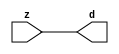

//------> /package/eda/mg/Catapult_10.3d/Mgc_home/pkgs/siflibs/mgc_in_wire_v2.v 
//------------------------------------------------------------------------------
// Catapult Synthesis - Sample I/O Port Library
//
// Copyright (c) 2003-2017 Mentor Graphics Corp.
//       All Rights Reserved
//
// This document may be used and distributed without restriction provided that
// this copyright statement is not removed from the file and that any derivative
// work contains this copyright notice.
//
// The design information contained in this file is intended to be an example
// of the functionality which the end user may study in preparation for creating
// their own custom interfaces. This design does not necessarily present a 
// complete implementation of the named protocol or standard.
//
//------------------------------------------------------------------------------


module mgc_in_wire_v2 (d, z);

  parameter integer rscid = 1;
  parameter integer width = 8;

  output [width-1:0] d;
  input  [width-1:0] z;

  wire   [width-1:0] d;

  assign d = z;

endmodule


//------> /package/eda/mg/Catapult_10.3d/Mgc_home/pkgs/siflibs/ccs_in_v1.v 
//------------------------------------------------------------------------------
// Catapult Synthesis - Sample I/O Port Library
//
// Copyright (c) 2003-2017 Mentor Graphics Corp.
//       All Rights Reserved
//
// This document may be used and distributed without restriction provided that
// this copyright statement is not removed from the file and that any derivative
// work contains this copyright notice.
//
// The design information contained in this file is intended to be an example
// of the functionality which the end user may study in preparation for creating
// their own custom interfaces. This design does not necessarily present a 
// complete implementation of the named protocol or standard.
//
//------------------------------------------------------------------------------


module ccs_in_v1 (idat, dat);

  parameter integer rscid = 1;
  parameter integer width = 8;

  output [width-1:0] idat;
  input  [width-1:0] dat;

  wire   [width-1:0] idat;

  assign idat = dat;

endmodule


//------> /package/eda/mg/Catapult_10.3d/Mgc_home/pkgs/siflibs/ccs_out_v1.v 
//------------------------------------------------------------------------------
// Catapult Synthesis - Sample I/O Port Library
//
// Copyright (c) 2003-2015 Mentor Graphics Corp.
//       All Rights Reserved
//
// This document may be used and distributed without restriction provided that
// this copyright statement is not removed from the file and that any derivative
// work contains this copyright notice.
//
// The design information contained in this file is intended to be an example
// of the functionality which the end user may study in preparation for creating
// their own custom interfaces. This design does not necessarily present a 
// complete implementation of the named protocol or standard.
//
//------------------------------------------------------------------------------

module ccs_out_v1 (dat, idat);

  parameter integer rscid = 1;
  parameter integer width = 8;

  output   [width-1:0] dat;
  input    [width-1:0] idat;

  wire     [width-1:0] dat;

  assign dat = idat;

endmodule




//------> /package/eda/mg/Catapult_10.3d/Mgc_home/pkgs/siflibs/mgc_io_sync_v2.v 
//------------------------------------------------------------------------------
// Catapult Synthesis - Sample I/O Port Library
//
// Copyright (c) 2003-2017 Mentor Graphics Corp.
//       All Rights Reserved
//
// This document may be used and distributed without restriction provided that
// this copyright statement is not removed from the file and that any derivative
// work contains this copyright notice.
//
// The design information contained in this file is intended to be an example
// of the functionality which the end user may study in preparation for creating
// their own custom interfaces. This design does not necessarily present a 
// complete implementation of the named protocol or standard.
//
//------------------------------------------------------------------------------


module mgc_io_sync_v2 (ld, lz);
    parameter valid = 0;

    input  ld;
    output lz;

    wire   lz;

    assign lz = ld;

endmodule


//------> /package/eda/mg/Catapult_10.3d/Mgc_home/pkgs/ccs_altera/hdl/M10K_DP.v 
// Memory Type:            M10K
// Operating Mode:         Simple Dual Port (2-PORT)
// Clock Mode:             Single Clock

// RTL Code RW Resolution: write-thru 
// Hardware RW Resolution: dont care 
// Catapult RW Resolution: unknown 

// HDL Work Library:       Altera_RAMS_lib
// Component Name:         M10K_DP

module M10K_DP
#(
  parameter data_width = 8,
  parameter addr_width = 7,
  parameter depth = 128 
)(
  clk, adra, adrb, wea, web, da, db, rea, reb, qa, qb
);

  input clk;                     // Rising edge clock
  input [addr_width-1:0] adra;   // Port A - Address
  input [addr_width-1:0] adrb;   // Port B - Address
  input wea;                     // Port A - Write-enable active high
  input web;                     // Port B - Write-enable active high
  input [data_width-1:0] da;     // Port A - Data In
  input [data_width-1:0] db;     // Port B - Data In
  input rea;                     // Port A - Read-enable active high
  input reb;                     // Port B - Read-enable active high
  output[data_width-1:0] qa;     // Port A - Data Out
  output[data_width-1:0] qb;     // Port B - Data Out

  reg [data_width-1:0] qa;
  reg [data_width-1:0] qb;

  (* ramstyle = "no_rw_check, M10K" *)
  reg [data_width-1:0] mem [depth-1:0]; /* synthesis syn_ramstyle = "no_rw_check, M10K" */

  always @(posedge clk) begin
    if (wea) begin
      mem[adra] <= da;
    end
    if (rea) begin
      qa <= mem[adra];
    end
  end

  always @(posedge clk) begin
    if (web) begin
      mem[adrb] <= db;
    end
    if (reb) begin
      qb <= mem[adrb] ;
    end
  end

endmodule


//------> ./rtl.v 
// ----------------------------------------------------------------------
//  HLS HDL:        Verilog Netlister
//  HLS Version:    10.3d/815731 Production Release
//  HLS Date:       Wed Apr 24 14:54:19 PDT 2019
// 
//  Generated by:   695r48@ecegrid-thin4.ecn.purdue.edu
//  Generated date: Wed Nov 10 15:50:50 2021
// ----------------------------------------------------------------------

// 
// ------------------------------------------------------------------
//  Design Unit:    fir_Altera_M10K_M10K_DP_rwport_4_16_5_32_32_16_gen
// ------------------------------------------------------------------


module fir_Altera_M10K_M10K_DP_rwport_4_16_5_32_32_16_gen (
  qb, reb, db, web, adrb, qa, rea, da, wea, adra, adra_d, wea_d, da_d, rea_d, qa_d,
      rwportA_rw_ram_ir_internal_RMASK_B_d, rwportA_rw_ram_ir_internal_WMASK_B_d
);
  input [15:0] qb;
  output reb;
  output [15:0] db;
  output web;
  output [4:0] adrb;
  input [15:0] qa;
  output rea;
  output [15:0] da;
  output wea;
  output [4:0] adra;
  input [9:0] adra_d;
  input [1:0] wea_d;
  input [31:0] da_d;
  input [1:0] rea_d;
  output [31:0] qa_d;
  input [1:0] rwportA_rw_ram_ir_internal_RMASK_B_d;
  input [1:0] rwportA_rw_ram_ir_internal_WMASK_B_d;



  // Interconnect Declarations for Component Instantiations 
  assign qa_d[31:16] = qb;
  assign reb = (rwportA_rw_ram_ir_internal_RMASK_B_d[1]);
  assign db = (da_d[31:16]);
  assign web = (rwportA_rw_ram_ir_internal_WMASK_B_d[1]);
  assign adrb = (adra_d[9:5]);
  assign qa_d[15:0] = qa;
  assign rea = (rwportA_rw_ram_ir_internal_RMASK_B_d[0]);
  assign da = (da_d[15:0]);
  assign wea = (rwportA_rw_ram_ir_internal_WMASK_B_d[0]);
  assign adra = (adra_d[4:0]);
endmodule

// ------------------------------------------------------------------
//  Design Unit:    fir_core_core_fsm
//  FSM Module
// ------------------------------------------------------------------


module fir_core_core_fsm (
  clk, rst, fsm_output, regs_vinit_C_1_tr0, MAC_C_6_tr0
);
  input clk;
  input rst;
  output [16:0] fsm_output;
  reg [16:0] fsm_output;
  input regs_vinit_C_1_tr0;
  input MAC_C_6_tr0;


  // FSM State Type Declaration for fir_core_core_fsm_1
  parameter
    core_rlp_C_0 = 5'd0,
    regs_vinit_C_0 = 5'd1,
    regs_vinit_C_1 = 5'd2,
    main_C_0 = 5'd3,
    main_C_1 = 5'd4,
    MAC_C_0 = 5'd5,
    MAC_C_1 = 5'd6,
    MAC_C_2 = 5'd7,
    MAC_C_3 = 5'd8,
    MAC_C_4 = 5'd9,
    MAC_C_5 = 5'd10,
    MAC_C_6 = 5'd11,
    MAC_C_7 = 5'd12,
    MAC_C_8 = 5'd13,
    MAC_C_9 = 5'd14,
    MAC_C_10 = 5'd15,
    main_C_2 = 5'd16;

  reg [4:0] state_var;
  reg [4:0] state_var_NS;


  // Interconnect Declarations for Component Instantiations 
  always @(*)
  begin : fir_core_core_fsm_1
    case (state_var)
      regs_vinit_C_0 : begin
        fsm_output = 17'b00000000000000010;
        state_var_NS = regs_vinit_C_1;
      end
      regs_vinit_C_1 : begin
        fsm_output = 17'b00000000000000100;
        if ( regs_vinit_C_1_tr0 ) begin
          state_var_NS = regs_vinit_C_0;
        end
        else begin
          state_var_NS = main_C_0;
        end
      end
      main_C_0 : begin
        fsm_output = 17'b00000000000001000;
        state_var_NS = main_C_1;
      end
      main_C_1 : begin
        fsm_output = 17'b00000000000010000;
        state_var_NS = MAC_C_0;
      end
      MAC_C_0 : begin
        fsm_output = 17'b00000000000100000;
        state_var_NS = MAC_C_1;
      end
      MAC_C_1 : begin
        fsm_output = 17'b00000000001000000;
        state_var_NS = MAC_C_2;
      end
      MAC_C_2 : begin
        fsm_output = 17'b00000000010000000;
        state_var_NS = MAC_C_3;
      end
      MAC_C_3 : begin
        fsm_output = 17'b00000000100000000;
        state_var_NS = MAC_C_4;
      end
      MAC_C_4 : begin
        fsm_output = 17'b00000001000000000;
        state_var_NS = MAC_C_5;
      end
      MAC_C_5 : begin
        fsm_output = 17'b00000010000000000;
        state_var_NS = MAC_C_6;
      end
      MAC_C_6 : begin
        fsm_output = 17'b00000100000000000;
        if ( MAC_C_6_tr0 ) begin
          state_var_NS = main_C_2;
        end
        else begin
          state_var_NS = MAC_C_7;
        end
      end
      MAC_C_7 : begin
        fsm_output = 17'b00001000000000000;
        state_var_NS = MAC_C_8;
      end
      MAC_C_8 : begin
        fsm_output = 17'b00010000000000000;
        state_var_NS = MAC_C_9;
      end
      MAC_C_9 : begin
        fsm_output = 17'b00100000000000000;
        state_var_NS = MAC_C_10;
      end
      MAC_C_10 : begin
        fsm_output = 17'b01000000000000000;
        state_var_NS = MAC_C_0;
      end
      main_C_2 : begin
        fsm_output = 17'b10000000000000000;
        state_var_NS = main_C_0;
      end
      // core_rlp_C_0
      default : begin
        fsm_output = 17'b00000000000000001;
        state_var_NS = regs_vinit_C_0;
      end
    endcase
  end

  always @(posedge clk) begin
    if ( rst ) begin
      state_var <= core_rlp_C_0;
    end
    else begin
      state_var <= state_var_NS;
    end
  end

endmodule

// ------------------------------------------------------------------
//  Design Unit:    fir_core
// ------------------------------------------------------------------


module fir_core (
  clk, rst, coeffs_rsc_z, coeffs_rsc_triosy_lz, in1_rsc_dat, in1_rsc_triosy_lz, out1_rsc_dat,
      out1_rsc_triosy_lz, regs_rsci_adra_d, regs_rsci_wea_d, regs_rsci_da_d, regs_rsci_rea_d,
      regs_rsci_qa_d, regs_rsci_rwportA_rw_ram_ir_internal_RMASK_B_d, regs_rsci_rwportA_rw_ram_ir_internal_WMASK_B_d
);
  input clk;
  input rst;
  input [511:0] coeffs_rsc_z;
  output coeffs_rsc_triosy_lz;
  input [15:0] in1_rsc_dat;
  output in1_rsc_triosy_lz;
  output [15:0] out1_rsc_dat;
  output out1_rsc_triosy_lz;
  output [9:0] regs_rsci_adra_d;
  output [1:0] regs_rsci_wea_d;
  output [15:0] regs_rsci_da_d;
  output [1:0] regs_rsci_rea_d;
  input [31:0] regs_rsci_qa_d;
  output [1:0] regs_rsci_rwportA_rw_ram_ir_internal_RMASK_B_d;
  output [1:0] regs_rsci_rwportA_rw_ram_ir_internal_WMASK_B_d;


  // Interconnect Declarations
  wire [511:0] coeffs_rsci_d;
  wire [15:0] in1_rsci_idat;
  reg [15:0] out1_rsci_idat;
  wire [16:0] fsm_output;
  wire [4:0] MAC_6_else_acc_tmp;
  wire [5:0] nl_MAC_6_else_acc_tmp;
  wire or_dcpl_9;
  wire or_dcpl_40;
  wire or_dcpl_41;
  wire or_dcpl_42;
  wire or_dcpl_45;
  wire or_dcpl_46;
  wire or_tmp_60;
  reg [4:0] wptr_4_0_4_sva_1;
  wire [5:0] nl_wptr_4_0_4_sva_1;
  wire [4:0] wptr_4_0_8_lpi_2_dfm_mx0w1;
  wire [4:0] MAC_MAC_or_8_itm_1;
  wire [4:0] wptr_4_0_3_lpi_2_dfm_1;
  wire [4:0] wptr_4_0_lpi_2_dfm_1;
  reg [4:0] wptr_4_0_1_sva;
  reg [5:0] MAC_i_5_0_6_sva;
  reg MAC_MAC_nor_10_itm;
  reg regs_regs_nor_itm;
  wire [4:0] wptr_4_0_7_lpi_2_dfm_1;
  wire [4:0] wptr_4_0_6_lpi_2_dfm_mx0w1;
  wire [4:0] MAC_4_acc_2_psp_sva_mx0w0;
  wire [5:0] nl_MAC_4_acc_2_psp_sva_mx0w0;
  wire [4:0] wptr_4_0_2_lpi_2_dfm_1;
  reg [4:0] regs_acc_itm;
  reg [1:0] reg_MAC_4_acc_2_psp_ftd;
  reg [1:0] reg_MAC_4_acc_2_psp_ftd_1_1_0;
  reg reg_out1_rsc_triosy_obj_ld_cse;
  wire reg_out1_out1_and_cse;
  wire [4:0] MAC_3_acc_2_psp_sva_1;
  wire [5:0] nl_MAC_3_acc_2_psp_sva_1;
  wire nor_11_seb;
  wire or_74_cse;
  wire regs_regs_or_rmff;
  reg [4:0] wptr_4_0_3_lpi_2_dfm;
  wire regs_acc_itm_mx0c1;
  wire or_153_tmp;
  wire [29:0] z_out;
  wire [30:0] nl_z_out;
  wire [5:0] z_out_1;
  wire [6:0] nl_z_out_1;
  wire [4:0] z_out_2;
  wire [5:0] nl_z_out_2;
  wire [15:0] z_out_4;
  wire [29:0] z_out_5;
  wire signed [31:0] nl_z_out_5;
  wire [29:0] z_out_6;
  wire signed [31:0] nl_z_out_6;
  wire [29:0] z_out_7;
  wire signed [31:0] nl_z_out_7;
  wire [29:0] z_out_8;
  wire signed [31:0] nl_z_out_8;
  reg [29:0] acc_32_3_1_sva;
  reg [1:0] MAC_i_4_3_sva;
  reg [29:0] MAC_2_mul_itm;
  reg [15:0] MAC_mux_9_itm;
  reg [15:0] MAC_mux_10_itm;
  reg [15:0] MAC_slc_regs_rsci_qa_d_15_0_1_itm;
  reg [15:0] MAC_mux_11_itm;
  reg [29:0] MAC_5_mul_itm;
  reg [15:0] MAC_mux_13_itm;
  reg [15:0] MAC_slc_regs_rsci_qa_d_15_0_3_itm;
  reg [15:0] MAC_mux_14_itm;
  reg [29:0] MAC_9_mul_itm;
  reg [15:0] MAC_mux_15_itm;
  reg [15:0] MAC_mux_16_itm;
  reg [1:0] MAC_acc_3_itm;
  wire [29:0] acc_32_3_6_sva_1;
  wire [30:0] nl_acc_32_3_6_sva_1;
  wire [4:0] MAC_8_acc_2_psp_sva_1;
  wire [5:0] nl_MAC_8_acc_2_psp_sva_1;
  wire [4:0] MAC_2_acc_2_psp_sva_1;
  wire [5:0] nl_MAC_2_acc_2_psp_sva_1;
  wire [2:0] MAC_acc_psp_sva_1;
  wire [3:0] nl_MAC_acc_psp_sva_1;
  wire [4:0] MAC_6_acc_2_psp_sva_1;
  wire [5:0] nl_MAC_6_acc_2_psp_sva_1;
  wire [4:0] MAC_7_acc_2_psp_sva_1;
  wire [5:0] nl_MAC_7_acc_2_psp_sva_1;
  reg [447:0] MAC_io_read_coeffs_rsc_cse_sva_511_64;
  wire or_140_rgt;
  wire [4:0] wptr_wptr_mux_cse;

  wire[4:0] mux_nl;
  wire[4:0] else_acc_nl;
  wire[5:0] nl_else_acc_nl;
  wire[0:0] and_214_nl;
  wire[0:0] not_69_nl;
  wire[0:0] or_98_nl;
  wire[29:0] acc_mux_nl;
  wire[0:0] acc_not_nl;
  wire[0:0] nor_12_nl;
  wire[0:0] MAC_and_nl;
  wire[0:0] MAC_and_1_nl;
  wire[0:0] MAC_and_2_nl;
  wire[0:0] MAC_and_3_nl;
  wire[0:0] MAC_MAC_nor_10_nl;
  wire[0:0] MAC_MAC_nor_13_nl;
  wire[0:0] MAC_MAC_nor_15_nl;
  wire[0:0] nand_nl;
  wire[15:0] MAC_mux_11_nl;
  wire[15:0] MAC_mux_12_nl;
  wire[15:0] MAC_mux_13_nl;
  wire[29:0] MAC_acc_5_nl;
  wire[30:0] nl_MAC_acc_5_nl;
  wire[29:0] MAC_acc_8_nl;
  wire[30:0] nl_MAC_acc_8_nl;
  wire[15:0] MAC_mux_14_nl;
  wire[0:0] or_143_nl;
  wire[29:0] MAC_acc_6_nl;
  wire[30:0] nl_MAC_acc_6_nl;
  wire[29:0] MAC_1_mul_nl;
  wire signed [31:0] nl_MAC_1_mul_nl;
  wire[29:0] MAC_acc_4_nl;
  wire[30:0] nl_MAC_acc_4_nl;
  wire[29:0] MAC_acc_9_nl;
  wire[30:0] nl_MAC_acc_9_nl;
  wire[4:0] MAC_5_else_acc_nl;
  wire[5:0] nl_MAC_5_else_acc_nl;
  wire[0:0] MAC_MAC_nor_12_nl;
  wire[4:0] MAC_9_else_acc_nl;
  wire[5:0] nl_MAC_9_else_acc_nl;
  wire[0:0] MAC_MAC_nor_17_nl;
  wire[0:0] MAC_MAC_nor_9_nl;
  wire[0:0] MAC_MAC_nor_14_nl;
  wire[0:0] MAC_MAC_nor_nl;
  wire[4:0] regs_mux1h_2_nl;
  wire[0:0] regs_or_1_nl;
  wire[4:0] regs_mux1h_6_nl;
  wire[29:0] MAC_mux_29_nl;
  wire[1:0] MAC_MAC_and_1_nl;
  wire[1:0] MAC_mux_30_nl;
  wire[4:0] regs_mux1h_8_nl;
  wire[15:0] MAC_mux_31_nl;
  wire[15:0] MAC_mux_32_nl;
  wire[15:0] MAC_mux_33_nl;
  wire[15:0] MAC_mux_34_nl;
  wire[15:0] MAC_mux_35_nl;
  wire[4:0] MAC_mux_36_nl;

  // Interconnect Declarations for Component Instantiations 
  wire [0:0] nl_fir_core_core_fsm_inst_regs_vinit_C_1_tr0;
  assign nl_fir_core_core_fsm_inst_regs_vinit_C_1_tr0 = ~ regs_regs_nor_itm;
  wire [0:0] nl_fir_core_core_fsm_inst_MAC_C_6_tr0;
  assign nl_fir_core_core_fsm_inst_MAC_C_6_tr0 = MAC_i_5_0_6_sva[5];
  mgc_in_wire_v2 #(.rscid(32'sd1),
  .width(32'sd512)) coeffs_rsci (
      .d(coeffs_rsci_d),
      .z(coeffs_rsc_z)
    );
  ccs_in_v1 #(.rscid(32'sd2),
  .width(32'sd16)) in1_rsci (
      .dat(in1_rsc_dat),
      .idat(in1_rsci_idat)
    );
  ccs_out_v1 #(.rscid(32'sd3),
  .width(32'sd16)) out1_rsci (
      .idat(out1_rsci_idat),
      .dat(out1_rsc_dat)
    );
  mgc_io_sync_v2 #(.valid(32'sd0)) coeffs_rsc_triosy_obj (
      .ld(reg_out1_rsc_triosy_obj_ld_cse),
      .lz(coeffs_rsc_triosy_lz)
    );
  mgc_io_sync_v2 #(.valid(32'sd0)) in1_rsc_triosy_obj (
      .ld(reg_out1_rsc_triosy_obj_ld_cse),
      .lz(in1_rsc_triosy_lz)
    );
  mgc_io_sync_v2 #(.valid(32'sd0)) out1_rsc_triosy_obj (
      .ld(reg_out1_rsc_triosy_obj_ld_cse),
      .lz(out1_rsc_triosy_lz)
    );
  fir_core_core_fsm fir_core_core_fsm_inst (
      .clk(clk),
      .rst(rst),
      .fsm_output(fsm_output),
      .regs_vinit_C_1_tr0(nl_fir_core_core_fsm_inst_regs_vinit_C_1_tr0[0:0]),
      .MAC_C_6_tr0(nl_fir_core_core_fsm_inst_MAC_C_6_tr0[0:0])
    );
  assign reg_out1_out1_and_cse = (fsm_output[11]) & (MAC_i_5_0_6_sva[5]);
  assign or_74_cse = (fsm_output[3]) | (fsm_output[1]);
  assign nor_11_seb = ~((fsm_output[9:5]!=5'b00000));
  assign regs_regs_or_rmff = ~((fsm_output[9]) | nor_11_seb);
  assign or_153_tmp = regs_acc_itm_mx0c1 | ((~ MAC_MAC_nor_10_itm) & (fsm_output[16]));
  assign wptr_wptr_mux_cse = MUX_v_5_2_2(wptr_4_0_3_lpi_2_dfm_1, wptr_4_0_8_lpi_2_dfm_mx0w1,
      fsm_output[7]);
  assign or_140_rgt = or_dcpl_46 | (fsm_output[11]) | or_dcpl_45;
  assign nl_MAC_5_else_acc_nl = MAC_MAC_or_8_itm_1 + 5'b11111;
  assign MAC_5_else_acc_nl = nl_MAC_5_else_acc_nl[4:0];
  assign MAC_MAC_nor_12_nl = ~((MAC_MAC_or_8_itm_1!=5'b00000));
  assign wptr_4_0_6_lpi_2_dfm_mx0w1 = MUX_v_5_2_2((MAC_5_else_acc_nl), 5'b11111,
      (MAC_MAC_nor_12_nl));
  assign nl_MAC_9_else_acc_nl = wptr_4_0_lpi_2_dfm_1 + 5'b11111;
  assign MAC_9_else_acc_nl = nl_MAC_9_else_acc_nl[4:0];
  assign MAC_MAC_nor_17_nl = ~((wptr_4_0_lpi_2_dfm_1!=5'b00000));
  assign MAC_MAC_or_8_itm_1 = MUX_v_5_2_2((MAC_9_else_acc_nl), 5'b11111, (MAC_MAC_nor_17_nl));
  assign nl_acc_32_3_6_sva_1 = z_out + MAC_9_mul_itm;
  assign acc_32_3_6_sva_1 = nl_acc_32_3_6_sva_1[29:0];
  assign MAC_MAC_nor_9_nl = ~((wptr_4_0_2_lpi_2_dfm_1!=5'b00000));
  assign wptr_4_0_3_lpi_2_dfm_1 = MUX_v_5_2_2(z_out_2, 5'b11111, (MAC_MAC_nor_9_nl));
  assign MAC_MAC_nor_14_nl = ~((wptr_4_0_7_lpi_2_dfm_1!=5'b00000));
  assign wptr_4_0_8_lpi_2_dfm_mx0w1 = MUX_v_5_2_2(z_out_2, 5'b11111, (MAC_MAC_nor_14_nl));
  assign MAC_MAC_nor_nl = ~((wptr_4_0_1_sva!=5'b00000));
  assign wptr_4_0_2_lpi_2_dfm_1 = MUX_v_5_2_2(MAC_6_else_acc_tmp, 5'b11111, (MAC_MAC_nor_nl));
  assign nl_MAC_6_else_acc_tmp = wptr_4_0_1_sva + 5'b11111;
  assign MAC_6_else_acc_tmp = nl_MAC_6_else_acc_tmp[4:0];
  assign nl_MAC_4_acc_2_psp_sva_mx0w0 = MAC_3_acc_2_psp_sva_1 + 5'b00001;
  assign MAC_4_acc_2_psp_sva_mx0w0 = nl_MAC_4_acc_2_psp_sva_mx0w0[4:0];
  assign nl_MAC_8_acc_2_psp_sva_1 = MAC_7_acc_2_psp_sva_1 + 5'b00001;
  assign MAC_8_acc_2_psp_sva_1 = nl_MAC_8_acc_2_psp_sva_1[4:0];
  assign nl_MAC_3_acc_2_psp_sva_1 = MAC_2_acc_2_psp_sva_1 + 5'b00001;
  assign MAC_3_acc_2_psp_sva_1 = nl_MAC_3_acc_2_psp_sva_1[4:0];
  assign nl_MAC_2_acc_2_psp_sva_1 = ({MAC_i_4_3_sva , MAC_acc_psp_sva_1}) + 5'b00001;
  assign MAC_2_acc_2_psp_sva_1 = nl_MAC_2_acc_2_psp_sva_1[4:0];
  assign nl_MAC_acc_psp_sva_1 = conv_u2u_2_3(MAC_acc_3_itm) + 3'b001;
  assign MAC_acc_psp_sva_1 = nl_MAC_acc_psp_sva_1[2:0];
  assign wptr_4_0_lpi_2_dfm_1 = MUX_v_5_2_2(wptr_4_0_4_sva_1, 5'b11111, MAC_MAC_nor_10_itm);
  assign nl_MAC_6_acc_2_psp_sva_1 = (MAC_i_5_0_6_sva[4:0]) + 5'b00001;
  assign MAC_6_acc_2_psp_sva_1 = nl_MAC_6_acc_2_psp_sva_1[4:0];
  assign nl_MAC_7_acc_2_psp_sva_1 = MAC_6_acc_2_psp_sva_1 + 5'b00001;
  assign MAC_7_acc_2_psp_sva_1 = nl_MAC_7_acc_2_psp_sva_1[4:0];
  assign wptr_4_0_7_lpi_2_dfm_1 = MUX_v_5_2_2(MAC_6_else_acc_tmp, 5'b11111, MAC_MAC_nor_10_itm);
  assign or_dcpl_9 = (fsm_output[13:12]!=2'b00);
  assign or_dcpl_40 = (fsm_output[11]) | (fsm_output[8]);
  assign or_dcpl_41 = or_dcpl_40 | (fsm_output[7]);
  assign or_dcpl_42 = (fsm_output[10]) | (fsm_output[6]);
  assign or_dcpl_45 = (fsm_output[8:7]!=2'b00);
  assign or_dcpl_46 = (fsm_output[10:9]!=2'b00);
  assign or_tmp_60 = or_dcpl_46 | or_dcpl_45;
  assign regs_acc_itm_mx0c1 = regs_regs_nor_itm & (fsm_output[2]);
  assign regs_or_1_nl = (fsm_output[5]) | (fsm_output[8]);
  assign regs_mux1h_2_nl = MUX1HOT_v_5_3_2(wptr_4_0_1_sva, wptr_4_0_lpi_2_dfm_1,
      wptr_4_0_3_lpi_2_dfm, {(regs_or_1_nl) , (fsm_output[6]) , (fsm_output[7])});
  assign regs_mux1h_6_nl = MUX1HOT_v_5_6_2(regs_acc_itm, wptr_4_0_2_lpi_2_dfm_1,
      MAC_MAC_or_8_itm_1, wptr_4_0_7_lpi_2_dfm_1, wptr_4_0_lpi_2_dfm_1, wptr_4_0_3_lpi_2_dfm,
      {or_74_cse , (fsm_output[5]) , (fsm_output[6]) , (fsm_output[7]) , (fsm_output[8])
      , (fsm_output[9])});
  assign regs_rsci_adra_d = {(regs_mux1h_2_nl) , (regs_mux1h_6_nl)};
  assign regs_rsci_wea_d = {1'b0 , or_74_cse};
  assign regs_rsci_rea_d = {regs_regs_or_rmff , (~ nor_11_seb)};
  assign regs_rsci_rwportA_rw_ram_ir_internal_RMASK_B_d = {regs_regs_or_rmff , (~
      nor_11_seb)};
  assign regs_rsci_rwportA_rw_ram_ir_internal_WMASK_B_d = {1'b0 , or_74_cse};
  assign regs_rsci_da_d = MUX_v_16_2_2(16'b0000000000000000, in1_rsci_idat, (fsm_output[3]));
  always @(posedge clk) begin
    if ( rst ) begin
      reg_out1_rsc_triosy_obj_ld_cse <= 1'b0;
      regs_regs_nor_itm <= 1'b0;
      wptr_4_0_1_sva <= 5'b00000;
      wptr_4_0_4_sva_1 <= 5'b00000;
      MAC_io_read_coeffs_rsc_cse_sva_511_64 <= 448'b0000000000000000000000000000000000000000000000000000000000000000000000000000000000000000000000000000000000000000000000000000000000000000000000000000000000000000000000000000000000000000000000000000000000000000000000000000000000000000000000000000000000000000000000000000000000000000000000000000000000000000000000000000000000000000000000000000000000000000000000000000000000000000000000000000000000000000000000000000000000000000000000000000000000000000;
      MAC_MAC_nor_10_itm <= 1'b0;
      reg_MAC_4_acc_2_psp_ftd_1_1_0 <= 2'b00;
    end
    else begin
      reg_out1_rsc_triosy_obj_ld_cse <= reg_out1_out1_and_cse;
      regs_regs_nor_itm <= ~((regs_acc_itm!=5'b00000));
      wptr_4_0_1_sva <= MUX1HOT_v_5_4_2(regs_acc_itm, wptr_4_0_6_lpi_2_dfm_mx0w1,
          MAC_MAC_or_8_itm_1, wptr_4_0_1_sva, {(fsm_output[4]) , (fsm_output[6])
          , (fsm_output[8]) , (or_98_nl)});
      wptr_4_0_4_sva_1 <= nl_wptr_4_0_4_sva_1[4:0];
      MAC_io_read_coeffs_rsc_cse_sva_511_64 <= coeffs_rsci_d[511:64];
      MAC_MAC_nor_10_itm <= MUX1HOT_s_1_4_2((MAC_MAC_nor_10_nl), (MAC_MAC_nor_13_nl),
          (MAC_MAC_nor_15_nl), (nand_nl), {(fsm_output[5]) , (fsm_output[6]) , (fsm_output[7])
          , (fsm_output[11])});
      reg_MAC_4_acc_2_psp_ftd_1_1_0 <= MAC_4_acc_2_psp_sva_mx0w0[1:0];
    end
  end
  always @(posedge clk) begin
    if ( rst ) begin
      out1_rsci_idat <= 16'b0000000000000000;
    end
    else if ( reg_out1_out1_and_cse ) begin
      out1_rsci_idat <= acc_32_3_6_sva_1[29:14];
    end
  end
  always @(posedge clk) begin
    if ( rst ) begin
      regs_acc_itm <= 5'b11111;
    end
    else if ( (fsm_output[1]) | regs_acc_itm_mx0c1 | (fsm_output[16]) ) begin
      regs_acc_itm <= MUX_v_5_2_2(5'b00000, (mux_nl), (not_69_nl));
    end
  end
  always @(posedge clk) begin
    if ( rst ) begin
      acc_32_3_1_sva <= 30'b000000000000000000000000000000;
    end
    else if ( (fsm_output[4]) | (fsm_output[15]) | (fsm_output[11]) ) begin
      acc_32_3_1_sva <= MUX_v_30_2_2(30'b000000000000000000000000000000, (acc_mux_nl),
          (acc_not_nl));
    end
  end
  always @(posedge clk) begin
    if ( rst ) begin
      MAC_i_4_3_sva <= 2'b00;
    end
    else if ( (fsm_output[4]) | (fsm_output[11]) ) begin
      MAC_i_4_3_sva <= MUX_v_2_2_2(2'b00, reg_MAC_4_acc_2_psp_ftd, (fsm_output[11]));
    end
  end
  always @(posedge clk) begin
    if ( rst ) begin
      MAC_acc_3_itm <= 2'b00;
    end
    else if ( (fsm_output[6]) | (fsm_output[2]) | (fsm_output[1]) | (fsm_output[16])
        | (fsm_output[5]) | (fsm_output[4]) | (fsm_output[3]) | (fsm_output[0]) )
        begin
      MAC_acc_3_itm <= MUX_v_2_2_2(2'b00, (z_out_1[1:0]), (nor_12_nl));
    end
  end
  always @(posedge clk) begin
    if ( rst ) begin
      wptr_4_0_3_lpi_2_dfm <= 5'b00000;
    end
    else if ( (fsm_output[5]) | (fsm_output[7]) ) begin
      wptr_4_0_3_lpi_2_dfm <= wptr_wptr_mux_cse;
    end
  end
  always @(posedge clk) begin
    if ( rst ) begin
      MAC_i_5_0_6_sva <= 6'b000000;
    end
    else if ( fsm_output[5] ) begin
      MAC_i_5_0_6_sva <= z_out_1;
    end
  end
  always @(posedge clk) begin
    if ( rst ) begin
      MAC_mux_9_itm <= 16'b0000000000000000;
    end
    else if ( fsm_output[5] ) begin
      MAC_mux_9_itm <= z_out_4;
    end
  end
  always @(posedge clk) begin
    if ( rst ) begin
      MAC_mux_10_itm <= 16'b0000000000000000;
    end
    else if ( ~(or_dcpl_42 | or_dcpl_9 | or_dcpl_41) ) begin
      MAC_mux_10_itm <= MUX1HOT_v_16_5_2((coeffs_rsci_d[63:48]), (coeffs_rsci_d[207:192]),
          (coeffs_rsci_d[351:336]), (coeffs_rsci_d[495:480]), (regs_rsci_qa_d[31:16]),
          {(MAC_and_nl) , (MAC_and_1_nl) , (MAC_and_2_nl) , (MAC_and_3_nl) , (fsm_output[9])});
    end
  end
  always @(posedge clk) begin
    if ( rst ) begin
      MAC_mux_11_itm <= 16'b0000000000000000;
    end
    else if ( ~(or_dcpl_46 | (fsm_output[7])) ) begin
      MAC_mux_11_itm <= MUX1HOT_v_16_3_2((MAC_mux_11_nl), (MAC_mux_12_nl), (regs_rsci_qa_d[15:0]),
          {(fsm_output[5]) , (fsm_output[6]) , (fsm_output[8])});
    end
  end
  always @(posedge clk) begin
    if ( rst ) begin
      MAC_slc_regs_rsci_qa_d_15_0_3_itm <= 16'b0000000000000000;
    end
    else if ( ~(or_dcpl_42 | or_dcpl_40) ) begin
      MAC_slc_regs_rsci_qa_d_15_0_3_itm <= MUX1HOT_v_16_3_2((MAC_mux_13_nl), (regs_rsci_qa_d[31:16]),
          (regs_rsci_qa_d[15:0]), {(fsm_output[5]) , (fsm_output[7]) , (fsm_output[9])});
    end
  end
  always @(posedge clk) begin
    if ( rst ) begin
      MAC_2_mul_itm <= 30'b000000000000000000000000000000;
    end
    else if ( (fsm_output[14]) | (fsm_output[10]) | (fsm_output[6]) | (fsm_output[13])
        ) begin
      MAC_2_mul_itm <= MUX1HOT_v_30_4_2(z_out_5, (MAC_acc_5_nl), (MAC_acc_8_nl),
          z_out, {(fsm_output[6]) , (fsm_output[10]) , (fsm_output[13]) , (fsm_output[14])});
    end
  end
  always @(posedge clk) begin
    if ( rst ) begin
      MAC_mux_15_itm <= 16'b0000000000000000;
    end
    else if ( ~(or_dcpl_46 | or_dcpl_9 | or_dcpl_41) ) begin
      MAC_mux_15_itm <= MUX1HOT_v_16_3_2((MAC_io_read_coeffs_rsc_cse_sva_511_64[31:16]),
          (MAC_io_read_coeffs_rsc_cse_sva_511_64[175:160]), (MAC_io_read_coeffs_rsc_cse_sva_511_64[319:304]),
          {(~ (MAC_i_5_0_6_sva[1])) , (MAC_i_5_0_6_sva[3]) , (MAC_i_5_0_6_sva[4])});
    end
  end
  always @(posedge clk) begin
    if ( rst ) begin
      MAC_mux_13_itm <= 16'b0000000000000000;
    end
    else if ( ~(or_dcpl_46 | (fsm_output[12]) | or_dcpl_41) ) begin
      MAC_mux_13_itm <= z_out_4;
    end
  end
  always @(posedge clk) begin
    if ( rst ) begin
      MAC_mux_14_itm <= 16'b0000000000000000;
    end
    else if ( ~ or_140_rgt ) begin
      MAC_mux_14_itm <= (MAC_mux_14_nl);
    end
  end
  always @(posedge clk) begin
    if ( rst ) begin
      MAC_mux_16_itm <= 16'b0000000000000000;
    end
    else if ( ~ or_tmp_60 ) begin
      MAC_mux_16_itm <= MUX1HOT_v_16_3_2((MAC_io_read_coeffs_rsc_cse_sva_511_64[47:32]),
          (MAC_io_read_coeffs_rsc_cse_sva_511_64[191:176]), (MAC_io_read_coeffs_rsc_cse_sva_511_64[335:320]),
          {(~ (MAC_6_acc_2_psp_sva_1[3])) , (MAC_6_acc_2_psp_sva_1[0]) , (MAC_6_acc_2_psp_sva_1[4])});
    end
  end
  always @(posedge clk) begin
    if ( rst ) begin
      MAC_slc_regs_rsci_qa_d_15_0_1_itm <= 16'b0000000000000000;
    end
    else if ( ~((fsm_output[9]) | (fsm_output[12]) | (fsm_output[11])) ) begin
      MAC_slc_regs_rsci_qa_d_15_0_1_itm <= MUX_v_16_2_2((regs_rsci_qa_d[31:16]),
          (regs_rsci_qa_d[15:0]), or_143_nl);
    end
  end
  always @(posedge clk) begin
    if ( rst ) begin
      MAC_9_mul_itm <= 30'b000000000000000000000000000000;
    end
    else if ( (fsm_output[12]) | (fsm_output[7]) ) begin
      MAC_9_mul_itm <= MUX_v_30_2_2((MAC_acc_6_nl), z_out_8, fsm_output[12]);
    end
  end
  always @(posedge clk) begin
    if ( rst ) begin
      MAC_5_mul_itm <= 30'b000000000000000000000000000000;
    end
    else if ( (fsm_output[14]) | (fsm_output[9]) | (fsm_output[11]) | (fsm_output[8])
        ) begin
      MAC_5_mul_itm <= MUX1HOT_v_30_4_2(z_out_5, (MAC_acc_4_nl), z_out_7, (MAC_acc_9_nl),
          {(fsm_output[8]) , (fsm_output[9]) , (fsm_output[11]) , (fsm_output[14])});
    end
  end
  always @(posedge clk) begin
    if ( rst ) begin
      reg_MAC_4_acc_2_psp_ftd <= 2'b00;
    end
    else if ( ~ or_tmp_60 ) begin
      reg_MAC_4_acc_2_psp_ftd <= MUX_v_2_2_2((MAC_4_acc_2_psp_sva_mx0w0[4:3]), (MAC_8_acc_2_psp_sva_1[4:3]),
          fsm_output[6]);
    end
  end
  assign or_98_nl = (fsm_output[14]) | (fsm_output[10]) | (fsm_output[15]) | (fsm_output[9])
      | or_dcpl_9 | (fsm_output[11]) | (fsm_output[7]);
  assign nl_wptr_4_0_4_sva_1  = wptr_wptr_mux_cse + 5'b11111;
  assign MAC_MAC_nor_10_nl = ~((wptr_4_0_3_lpi_2_dfm_1!=5'b00000));
  assign MAC_MAC_nor_13_nl = ~((wptr_4_0_6_lpi_2_dfm_mx0w1!=5'b00000));
  assign MAC_MAC_nor_15_nl = ~((wptr_4_0_8_lpi_2_dfm_mx0w1!=5'b00000));
  assign nand_nl = ~((regs_acc_itm==5'b11111));
  assign nl_else_acc_nl = regs_acc_itm + 5'b00001;
  assign else_acc_nl = nl_else_acc_nl[4:0];
  assign and_214_nl = (fsm_output[16]) & (~ or_153_tmp);
  assign mux_nl = MUX_v_5_2_2(z_out_2, (else_acc_nl), and_214_nl);
  assign not_69_nl = ~ or_153_tmp;
  assign acc_mux_nl = MUX_v_30_2_2(acc_32_3_6_sva_1, z_out, fsm_output[15]);
  assign acc_not_nl = ~ (fsm_output[4]);
  assign nor_12_nl = ~((fsm_output[0]) | (fsm_output[3]) | (fsm_output[4]) | (fsm_output[5])
      | (fsm_output[16]) | (fsm_output[1]) | (fsm_output[2]));
  assign MAC_and_nl = (MAC_3_acc_2_psp_sva_1==5'b00011) & (fsm_output[5]);
  assign MAC_and_1_nl = (MAC_3_acc_2_psp_sva_1==5'b01100) & (fsm_output[5]);
  assign MAC_and_2_nl = (MAC_3_acc_2_psp_sva_1==5'b10101) & (fsm_output[5]);
  assign MAC_and_3_nl = (MAC_3_acc_2_psp_sva_1==5'b11110) & (fsm_output[5]);
  assign MAC_mux_11_nl = MUX_v_16_29_2x0x5x6x7x8x13x14x15x16x21x22x23x24((coeffs_rsci_d[31:16]),
      (coeffs_rsci_d[47:32]), (coeffs_rsci_d[63:48]), (coeffs_rsci_d[79:64]), (coeffs_rsci_d[159:144]),
      (coeffs_rsci_d[175:160]), (coeffs_rsci_d[191:176]), (coeffs_rsci_d[207:192]),
      (coeffs_rsci_d[287:272]), (coeffs_rsci_d[303:288]), (coeffs_rsci_d[319:304]),
      (coeffs_rsci_d[335:320]), (coeffs_rsci_d[415:400]), (coeffs_rsci_d[431:416]),
      (coeffs_rsci_d[447:432]), (coeffs_rsci_d[463:448]), {MAC_i_4_3_sva , MAC_acc_psp_sva_1});
  assign MAC_mux_12_nl = MUX_v_16_16_2((MAC_io_read_coeffs_rsc_cse_sva_511_64[15:0]),
      (MAC_io_read_coeffs_rsc_cse_sva_511_64[31:16]), (MAC_io_read_coeffs_rsc_cse_sva_511_64[47:32]),
      (MAC_io_read_coeffs_rsc_cse_sva_511_64[63:48]), (MAC_io_read_coeffs_rsc_cse_sva_511_64[143:128]),
      (MAC_io_read_coeffs_rsc_cse_sva_511_64[159:144]), (MAC_io_read_coeffs_rsc_cse_sva_511_64[175:160]),
      (MAC_io_read_coeffs_rsc_cse_sva_511_64[191:176]), (MAC_io_read_coeffs_rsc_cse_sva_511_64[271:256]),
      (MAC_io_read_coeffs_rsc_cse_sva_511_64[287:272]), (MAC_io_read_coeffs_rsc_cse_sva_511_64[303:288]),
      (MAC_io_read_coeffs_rsc_cse_sva_511_64[319:304]), (MAC_io_read_coeffs_rsc_cse_sva_511_64[399:384]),
      (MAC_io_read_coeffs_rsc_cse_sva_511_64[415:400]), (MAC_io_read_coeffs_rsc_cse_sva_511_64[431:416]),
      (MAC_io_read_coeffs_rsc_cse_sva_511_64[447:432]), {reg_MAC_4_acc_2_psp_ftd
      , reg_MAC_4_acc_2_psp_ftd_1_1_0});
  assign MAC_mux_13_nl = MUX_v_16_16_2((coeffs_rsci_d[15:0]), (coeffs_rsci_d[31:16]),
      (coeffs_rsci_d[47:32]), (coeffs_rsci_d[63:48]), (coeffs_rsci_d[143:128]), (coeffs_rsci_d[159:144]),
      (coeffs_rsci_d[175:160]), (coeffs_rsci_d[191:176]), (coeffs_rsci_d[271:256]),
      (coeffs_rsci_d[287:272]), (coeffs_rsci_d[303:288]), (coeffs_rsci_d[319:304]),
      (coeffs_rsci_d[399:384]), (coeffs_rsci_d[415:400]), (coeffs_rsci_d[431:416]),
      (coeffs_rsci_d[447:432]), {MAC_i_4_3_sva , MAC_acc_3_itm});
  assign nl_MAC_acc_5_nl = MAC_2_mul_itm + z_out_6;
  assign MAC_acc_5_nl = nl_MAC_acc_5_nl[29:0];
  assign nl_MAC_acc_8_nl = z_out_6 + MAC_9_mul_itm;
  assign MAC_acc_8_nl = nl_MAC_acc_8_nl[29:0];
  assign MAC_mux_14_nl = MUX_v_16_15_2x0x1x2x3x7x11((MAC_io_read_coeffs_rsc_cse_sva_511_64[79:64]),
      (MAC_io_read_coeffs_rsc_cse_sva_511_64[95:80]), (MAC_io_read_coeffs_rsc_cse_sva_511_64[111:96]),
      (MAC_io_read_coeffs_rsc_cse_sva_511_64[207:192]), (MAC_io_read_coeffs_rsc_cse_sva_511_64[223:208]),
      (MAC_io_read_coeffs_rsc_cse_sva_511_64[239:224]), (MAC_io_read_coeffs_rsc_cse_sva_511_64[335:320]),
      (MAC_io_read_coeffs_rsc_cse_sva_511_64[351:336]), (MAC_io_read_coeffs_rsc_cse_sva_511_64[367:352]),
      {(MAC_8_acc_2_psp_sva_1[4:3]) , (MAC_8_acc_2_psp_sva_1[1:0])});
  assign or_143_nl = (fsm_output[10]) | (fsm_output[7]);
  assign nl_MAC_1_mul_nl = $signed(MAC_slc_regs_rsci_qa_d_15_0_1_itm) * $signed(MAC_slc_regs_rsci_qa_d_15_0_3_itm);
  assign MAC_1_mul_nl = nl_MAC_1_mul_nl[29:0];
  assign nl_MAC_acc_6_nl = acc_32_3_1_sva + (MAC_1_mul_nl);
  assign MAC_acc_6_nl = nl_MAC_acc_6_nl[29:0];
  assign nl_MAC_acc_4_nl = z_out_8 + MAC_5_mul_itm;
  assign MAC_acc_4_nl = nl_MAC_acc_4_nl[29:0];
  assign nl_MAC_acc_9_nl = z_out_7 + MAC_5_mul_itm;
  assign MAC_acc_9_nl = nl_MAC_acc_9_nl[29:0];
  assign MAC_mux_29_nl = MUX_v_30_2_2(MAC_5_mul_itm, acc_32_3_1_sva, fsm_output[14]);
  assign nl_z_out = MAC_2_mul_itm + (MAC_mux_29_nl);
  assign z_out = nl_z_out[29:0];
  assign MAC_MAC_and_1_nl = MUX_v_2_2_2(2'b00, (MAC_4_acc_2_psp_sva_mx0w0[4:3]),
      (fsm_output[5]));
  assign MAC_mux_30_nl = MUX_v_2_2_2((MAC_8_acc_2_psp_sva_1[1:0]), (MAC_4_acc_2_psp_sva_mx0w0[1:0]),
      fsm_output[5]);
  assign nl_z_out_1 = conv_u2u_5_6({(MAC_MAC_and_1_nl) , (fsm_output[5]) , (MAC_mux_30_nl)})
      + 6'b000001;
  assign z_out_1 = nl_z_out_1[5:0];
  assign regs_mux1h_8_nl = MUX1HOT_v_5_3_2(regs_acc_itm, wptr_4_0_2_lpi_2_dfm_1,
      wptr_4_0_7_lpi_2_dfm_1, {(fsm_output[1]) , (fsm_output[5]) , (fsm_output[7])});
  assign nl_z_out_2 = (regs_mux1h_8_nl) + 5'b11111;
  assign z_out_2 = nl_z_out_2[4:0];
  assign MAC_mux_31_nl = MUX_v_16_2_2((regs_rsci_qa_d[15:0]), MAC_slc_regs_rsci_qa_d_15_0_1_itm,
      fsm_output[8]);
  assign nl_z_out_5 = $signed((MAC_mux_31_nl)) * $signed(MAC_mux_11_itm);
  assign z_out_5 = nl_z_out_5[29:0];
  assign MAC_mux_32_nl = MUX_v_16_2_2(MAC_mux_9_itm, MAC_mux_13_itm, fsm_output[13]);
  assign nl_z_out_6 = $signed(MAC_slc_regs_rsci_qa_d_15_0_1_itm) * $signed((MAC_mux_32_nl));
  assign z_out_6 = nl_z_out_6[29:0];
  assign MAC_mux_33_nl = MUX_v_16_2_2(MAC_mux_11_itm, MAC_mux_10_itm, fsm_output[14]);
  assign MAC_mux_34_nl = MUX_v_16_2_2(MAC_mux_16_itm, MAC_mux_15_itm, fsm_output[14]);
  assign nl_z_out_7 = $signed((MAC_mux_33_nl)) * $signed((MAC_mux_34_nl));
  assign z_out_7 = nl_z_out_7[29:0];
  assign MAC_mux_35_nl = MUX_v_16_2_2(MAC_mux_14_itm, MAC_mux_10_itm, fsm_output[9]);
  assign nl_z_out_8 = $signed(MAC_slc_regs_rsci_qa_d_15_0_3_itm) * $signed((MAC_mux_35_nl));
  assign z_out_8 = nl_z_out_8[29:0];
  assign MAC_mux_36_nl = MUX_v_5_2_2(MAC_2_acc_2_psp_sva_1, MAC_7_acc_2_psp_sva_1,
      fsm_output[6]);
  assign z_out_4 = MUX_v_16_30_2x0x1x3x4x5x6x8x9x10x12x13x14x15x17x18x19x21x22x23x24x26x27x28((coeffs_rsci_d[47:32]),
      (MAC_io_read_coeffs_rsc_cse_sva_511_64[63:48]), (coeffs_rsci_d[191:176]), (MAC_io_read_coeffs_rsc_cse_sva_511_64[207:192]),
      (coeffs_rsci_d[335:320]), (MAC_io_read_coeffs_rsc_cse_sva_511_64[351:336]),
      (coeffs_rsci_d[479:464]), MAC_mux_36_nl);

  function automatic [0:0] MUX1HOT_s_1_4_2;
    input [0:0] input_3;
    input [0:0] input_2;
    input [0:0] input_1;
    input [0:0] input_0;
    input [3:0] sel;
    reg [0:0] result;
  begin
    result = input_0 & {1{sel[0]}};
    result = result | ( input_1 & {1{sel[1]}});
    result = result | ( input_2 & {1{sel[2]}});
    result = result | ( input_3 & {1{sel[3]}});
    MUX1HOT_s_1_4_2 = result;
  end
  endfunction


  function automatic [15:0] MUX1HOT_v_16_3_2;
    input [15:0] input_2;
    input [15:0] input_1;
    input [15:0] input_0;
    input [2:0] sel;
    reg [15:0] result;
  begin
    result = input_0 & {16{sel[0]}};
    result = result | ( input_1 & {16{sel[1]}});
    result = result | ( input_2 & {16{sel[2]}});
    MUX1HOT_v_16_3_2 = result;
  end
  endfunction


  function automatic [15:0] MUX1HOT_v_16_5_2;
    input [15:0] input_4;
    input [15:0] input_3;
    input [15:0] input_2;
    input [15:0] input_1;
    input [15:0] input_0;
    input [4:0] sel;
    reg [15:0] result;
  begin
    result = input_0 & {16{sel[0]}};
    result = result | ( input_1 & {16{sel[1]}});
    result = result | ( input_2 & {16{sel[2]}});
    result = result | ( input_3 & {16{sel[3]}});
    result = result | ( input_4 & {16{sel[4]}});
    MUX1HOT_v_16_5_2 = result;
  end
  endfunction


  function automatic [29:0] MUX1HOT_v_30_4_2;
    input [29:0] input_3;
    input [29:0] input_2;
    input [29:0] input_1;
    input [29:0] input_0;
    input [3:0] sel;
    reg [29:0] result;
  begin
    result = input_0 & {30{sel[0]}};
    result = result | ( input_1 & {30{sel[1]}});
    result = result | ( input_2 & {30{sel[2]}});
    result = result | ( input_3 & {30{sel[3]}});
    MUX1HOT_v_30_4_2 = result;
  end
  endfunction


  function automatic [4:0] MUX1HOT_v_5_3_2;
    input [4:0] input_2;
    input [4:0] input_1;
    input [4:0] input_0;
    input [2:0] sel;
    reg [4:0] result;
  begin
    result = input_0 & {5{sel[0]}};
    result = result | ( input_1 & {5{sel[1]}});
    result = result | ( input_2 & {5{sel[2]}});
    MUX1HOT_v_5_3_2 = result;
  end
  endfunction


  function automatic [4:0] MUX1HOT_v_5_4_2;
    input [4:0] input_3;
    input [4:0] input_2;
    input [4:0] input_1;
    input [4:0] input_0;
    input [3:0] sel;
    reg [4:0] result;
  begin
    result = input_0 & {5{sel[0]}};
    result = result | ( input_1 & {5{sel[1]}});
    result = result | ( input_2 & {5{sel[2]}});
    result = result | ( input_3 & {5{sel[3]}});
    MUX1HOT_v_5_4_2 = result;
  end
  endfunction


  function automatic [4:0] MUX1HOT_v_5_6_2;
    input [4:0] input_5;
    input [4:0] input_4;
    input [4:0] input_3;
    input [4:0] input_2;
    input [4:0] input_1;
    input [4:0] input_0;
    input [5:0] sel;
    reg [4:0] result;
  begin
    result = input_0 & {5{sel[0]}};
    result = result | ( input_1 & {5{sel[1]}});
    result = result | ( input_2 & {5{sel[2]}});
    result = result | ( input_3 & {5{sel[3]}});
    result = result | ( input_4 & {5{sel[4]}});
    result = result | ( input_5 & {5{sel[5]}});
    MUX1HOT_v_5_6_2 = result;
  end
  endfunction


  function automatic [15:0] MUX_v_16_15_2x0x1x2x3x7x11;
    input [15:0] input_4;
    input [15:0] input_5;
    input [15:0] input_6;
    input [15:0] input_8;
    input [15:0] input_9;
    input [15:0] input_10;
    input [15:0] input_12;
    input [15:0] input_13;
    input [15:0] input_14;
    input [3:0] sel;
    reg [15:0] result;
  begin
    case (sel)
      4'b0100 : begin
        result = input_4;
      end
      4'b0101 : begin
        result = input_5;
      end
      4'b0110 : begin
        result = input_6;
      end
      4'b1000 : begin
        result = input_8;
      end
      4'b1001 : begin
        result = input_9;
      end
      4'b1010 : begin
        result = input_10;
      end
      4'b1100 : begin
        result = input_12;
      end
      4'b1101 : begin
        result = input_13;
      end
      default : begin
        result = input_14;
      end
    endcase
    MUX_v_16_15_2x0x1x2x3x7x11 = result;
  end
  endfunction


  function automatic [15:0] MUX_v_16_16_2;
    input [15:0] input_0;
    input [15:0] input_1;
    input [15:0] input_2;
    input [15:0] input_3;
    input [15:0] input_4;
    input [15:0] input_5;
    input [15:0] input_6;
    input [15:0] input_7;
    input [15:0] input_8;
    input [15:0] input_9;
    input [15:0] input_10;
    input [15:0] input_11;
    input [15:0] input_12;
    input [15:0] input_13;
    input [15:0] input_14;
    input [15:0] input_15;
    input [3:0] sel;
    reg [15:0] result;
  begin
    case (sel)
      4'b0000 : begin
        result = input_0;
      end
      4'b0001 : begin
        result = input_1;
      end
      4'b0010 : begin
        result = input_2;
      end
      4'b0011 : begin
        result = input_3;
      end
      4'b0100 : begin
        result = input_4;
      end
      4'b0101 : begin
        result = input_5;
      end
      4'b0110 : begin
        result = input_6;
      end
      4'b0111 : begin
        result = input_7;
      end
      4'b1000 : begin
        result = input_8;
      end
      4'b1001 : begin
        result = input_9;
      end
      4'b1010 : begin
        result = input_10;
      end
      4'b1011 : begin
        result = input_11;
      end
      4'b1100 : begin
        result = input_12;
      end
      4'b1101 : begin
        result = input_13;
      end
      4'b1110 : begin
        result = input_14;
      end
      default : begin
        result = input_15;
      end
    endcase
    MUX_v_16_16_2 = result;
  end
  endfunction


  function automatic [15:0] MUX_v_16_29_2x0x5x6x7x8x13x14x15x16x21x22x23x24;
    input [15:0] input_1;
    input [15:0] input_2;
    input [15:0] input_3;
    input [15:0] input_4;
    input [15:0] input_9;
    input [15:0] input_10;
    input [15:0] input_11;
    input [15:0] input_12;
    input [15:0] input_17;
    input [15:0] input_18;
    input [15:0] input_19;
    input [15:0] input_20;
    input [15:0] input_25;
    input [15:0] input_26;
    input [15:0] input_27;
    input [15:0] input_28;
    input [4:0] sel;
    reg [15:0] result;
  begin
    case (sel)
      5'b00001 : begin
        result = input_1;
      end
      5'b00010 : begin
        result = input_2;
      end
      5'b00011 : begin
        result = input_3;
      end
      5'b00100 : begin
        result = input_4;
      end
      5'b01001 : begin
        result = input_9;
      end
      5'b01010 : begin
        result = input_10;
      end
      5'b01011 : begin
        result = input_11;
      end
      5'b01100 : begin
        result = input_12;
      end
      5'b10001 : begin
        result = input_17;
      end
      5'b10010 : begin
        result = input_18;
      end
      5'b10011 : begin
        result = input_19;
      end
      5'b10100 : begin
        result = input_20;
      end
      5'b11001 : begin
        result = input_25;
      end
      5'b11010 : begin
        result = input_26;
      end
      5'b11011 : begin
        result = input_27;
      end
      default : begin
        result = input_28;
      end
    endcase
    MUX_v_16_29_2x0x5x6x7x8x13x14x15x16x21x22x23x24 = result;
  end
  endfunction


  function automatic [15:0] MUX_v_16_2_2;
    input [15:0] input_0;
    input [15:0] input_1;
    input [0:0] sel;
    reg [15:0] result;
  begin
    case (sel)
      1'b0 : begin
        result = input_0;
      end
      default : begin
        result = input_1;
      end
    endcase
    MUX_v_16_2_2 = result;
  end
  endfunction


  function automatic [15:0] MUX_v_16_30_2x0x1x3x4x5x6x8x9x10x12x13x14x15x17x18x19x21x22x23x24x26x27x28;
    input [15:0] input_2;
    input [15:0] input_7;
    input [15:0] input_11;
    input [15:0] input_16;
    input [15:0] input_20;
    input [15:0] input_25;
    input [15:0] input_29;
    input [4:0] sel;
    reg [15:0] result;
  begin
    case (sel)
      5'b00010 : begin
        result = input_2;
      end
      5'b00111 : begin
        result = input_7;
      end
      5'b01011 : begin
        result = input_11;
      end
      5'b10000 : begin
        result = input_16;
      end
      5'b10100 : begin
        result = input_20;
      end
      5'b11001 : begin
        result = input_25;
      end
      default : begin
        result = input_29;
      end
    endcase
    MUX_v_16_30_2x0x1x3x4x5x6x8x9x10x12x13x14x15x17x18x19x21x22x23x24x26x27x28 =
        result;
  end
  endfunction


  function automatic [1:0] MUX_v_2_2_2;
    input [1:0] input_0;
    input [1:0] input_1;
    input [0:0] sel;
    reg [1:0] result;
  begin
    case (sel)
      1'b0 : begin
        result = input_0;
      end
      default : begin
        result = input_1;
      end
    endcase
    MUX_v_2_2_2 = result;
  end
  endfunction


  function automatic [29:0] MUX_v_30_2_2;
    input [29:0] input_0;
    input [29:0] input_1;
    input [0:0] sel;
    reg [29:0] result;
  begin
    case (sel)
      1'b0 : begin
        result = input_0;
      end
      default : begin
        result = input_1;
      end
    endcase
    MUX_v_30_2_2 = result;
  end
  endfunction


  function automatic [4:0] MUX_v_5_2_2;
    input [4:0] input_0;
    input [4:0] input_1;
    input [0:0] sel;
    reg [4:0] result;
  begin
    case (sel)
      1'b0 : begin
        result = input_0;
      end
      default : begin
        result = input_1;
      end
    endcase
    MUX_v_5_2_2 = result;
  end
  endfunction


  function automatic [2:0] conv_u2u_2_3 ;
    input [1:0]  vector ;
  begin
    conv_u2u_2_3 = {1'b0, vector};
  end
  endfunction


  function automatic [5:0] conv_u2u_5_6 ;
    input [4:0]  vector ;
  begin
    conv_u2u_5_6 = {1'b0, vector};
  end
  endfunction

endmodule

// ------------------------------------------------------------------
//  Design Unit:    fir
// ------------------------------------------------------------------


module fir (
  clk, rst, coeffs_rsc_z, coeffs_rsc_triosy_lz, in1_rsc_dat, in1_rsc_triosy_lz, out1_rsc_dat,
      out1_rsc_triosy_lz
);
  input clk;
  input rst;
  input [511:0] coeffs_rsc_z;
  output coeffs_rsc_triosy_lz;
  input [15:0] in1_rsc_dat;
  output in1_rsc_triosy_lz;
  output [15:0] out1_rsc_dat;
  output out1_rsc_triosy_lz;


  // Interconnect Declarations
  wire [9:0] regs_rsci_adra_d;
  wire [1:0] regs_rsci_wea_d;
  wire [15:0] regs_rsci_da_d;
  wire [1:0] regs_rsci_rea_d;
  wire [31:0] regs_rsci_qa_d;
  wire [1:0] regs_rsci_rwportA_rw_ram_ir_internal_RMASK_B_d;
  wire [1:0] regs_rsci_rwportA_rw_ram_ir_internal_WMASK_B_d;
  wire [15:0] regs_rsc_qb;
  wire regs_rsc_reb;
  wire [15:0] regs_rsc_db;
  wire regs_rsc_web;
  wire [4:0] regs_rsc_adrb;
  wire [15:0] regs_rsc_qa;
  wire regs_rsc_rea;
  wire [15:0] regs_rsc_da;
  wire regs_rsc_wea;
  wire [4:0] regs_rsc_adra;


  // Interconnect Declarations for Component Instantiations 
  wire [31:0] nl_regs_rsci_da_d;
  assign nl_regs_rsci_da_d = {16'b0000000000000000 , regs_rsci_da_d};
  M10K_DP #(.data_width(32'sd16),
  .addr_width(32'sd5),
  .depth(32'sd32)) regs_rsc_comp (
      .clk(clk),
      .adra(regs_rsc_adra),
      .adrb(regs_rsc_adrb),
      .wea(regs_rsc_wea),
      .web(regs_rsc_web),
      .da(regs_rsc_da),
      .db(regs_rsc_db),
      .rea(regs_rsc_rea),
      .reb(regs_rsc_reb),
      .qa(regs_rsc_qa),
      .qb(regs_rsc_qb)
    );
  fir_Altera_M10K_M10K_DP_rwport_4_16_5_32_32_16_gen regs_rsci (
      .qb(regs_rsc_qb),
      .reb(regs_rsc_reb),
      .db(regs_rsc_db),
      .web(regs_rsc_web),
      .adrb(regs_rsc_adrb),
      .qa(regs_rsc_qa),
      .rea(regs_rsc_rea),
      .da(regs_rsc_da),
      .wea(regs_rsc_wea),
      .adra(regs_rsc_adra),
      .adra_d(regs_rsci_adra_d),
      .wea_d(regs_rsci_wea_d),
      .da_d(nl_regs_rsci_da_d[31:0]),
      .rea_d(regs_rsci_rea_d),
      .qa_d(regs_rsci_qa_d),
      .rwportA_rw_ram_ir_internal_RMASK_B_d(regs_rsci_rwportA_rw_ram_ir_internal_RMASK_B_d),
      .rwportA_rw_ram_ir_internal_WMASK_B_d(regs_rsci_rwportA_rw_ram_ir_internal_WMASK_B_d)
    );
  fir_core fir_core_inst (
      .clk(clk),
      .rst(rst),
      .coeffs_rsc_z(coeffs_rsc_z),
      .coeffs_rsc_triosy_lz(coeffs_rsc_triosy_lz),
      .in1_rsc_dat(in1_rsc_dat),
      .in1_rsc_triosy_lz(in1_rsc_triosy_lz),
      .out1_rsc_dat(out1_rsc_dat),
      .out1_rsc_triosy_lz(out1_rsc_triosy_lz),
      .regs_rsci_adra_d(regs_rsci_adra_d),
      .regs_rsci_wea_d(regs_rsci_wea_d),
      .regs_rsci_da_d(regs_rsci_da_d),
      .regs_rsci_rea_d(regs_rsci_rea_d),
      .regs_rsci_qa_d(regs_rsci_qa_d),
      .regs_rsci_rwportA_rw_ram_ir_internal_RMASK_B_d(regs_rsci_rwportA_rw_ram_ir_internal_RMASK_B_d),
      .regs_rsci_rwportA_rw_ram_ir_internal_WMASK_B_d(regs_rsci_rwportA_rw_ram_ir_internal_WMASK_B_d)
    );
endmodule